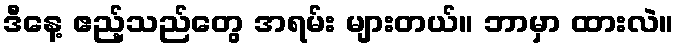
ဒီနေ့ ဧည့်သည်တွေ အရမ်း များတယ်။ ဘာမှာ ထားလဲ။